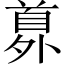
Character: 𩠘